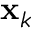
\mathbf { x } _ { k }